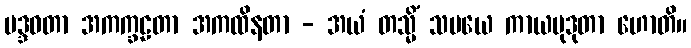
မဒ္ဒဝတာ အကက္ခဠတာ အကထိနတာ - အယံ တသ္မိံ သမယေ ကာယမုဒုတာ ဟောတိ။